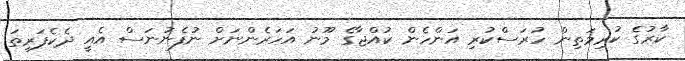
ކާރުގެ ކުރިމަތިން ހުރަސްކުރި އަންހެން ކުއްޖާގެ މޫނު އަހަރެންނަށް ނުފެނުނަސް އެއީ ދެކެފަރިތަ